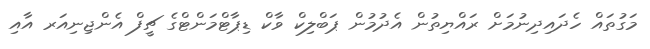
މަގުތައް ހެދައިދިނުމަށް ރައްޔިތުން އެދުމުން ޕަބްލިކް ވާކް ޑިޕާޓްމަންޓްގެ ޗީފް އެންޖިނިއަރ އާއި